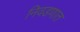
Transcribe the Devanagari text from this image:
निवडणात